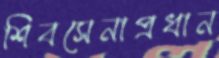
শিবসেনাপ্রধান